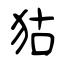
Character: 狜